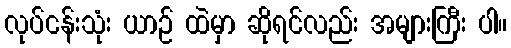
လုပ်ငန်းသုံး ယာဉ် ထဲမှာ ဆိုရင်လည်း အများကြီး ပါ။